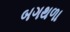
બગથળા